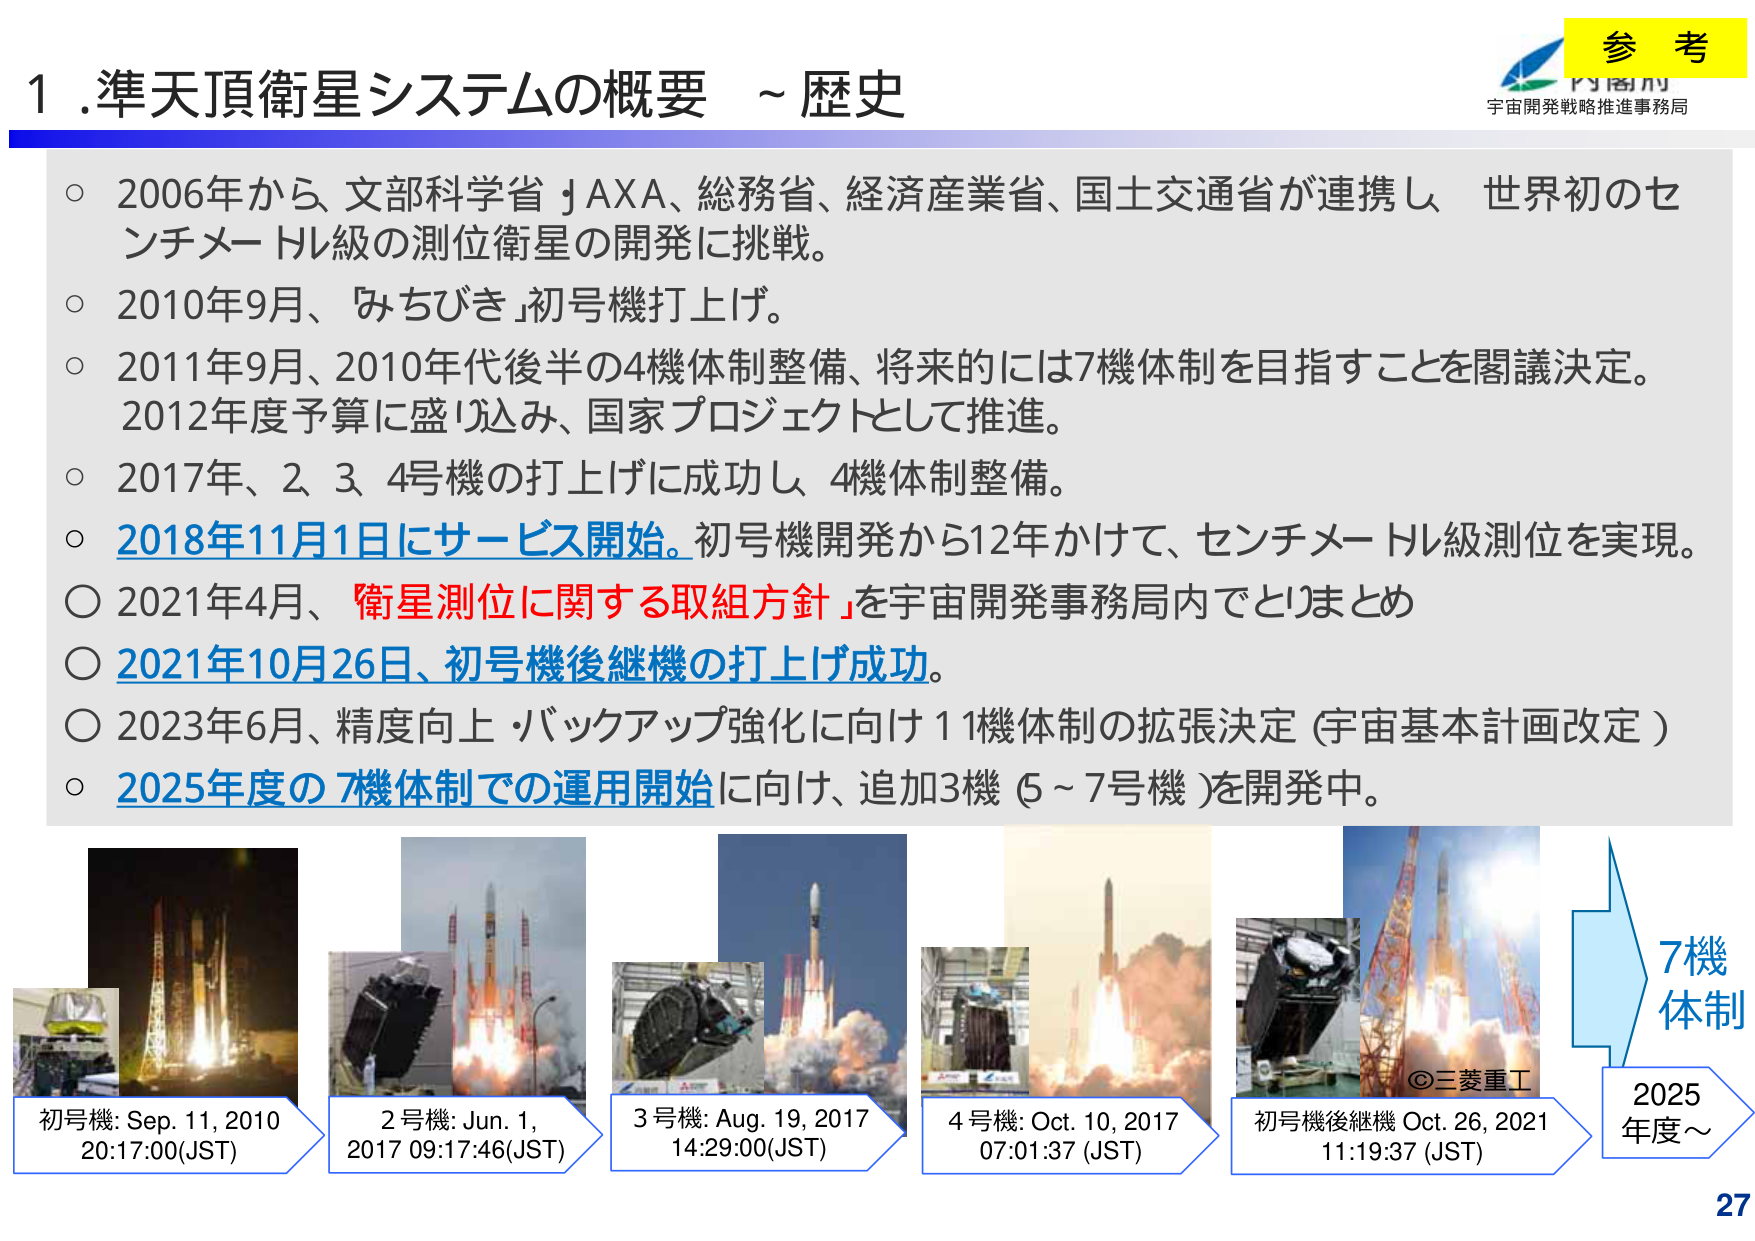
1. 準天頂衛星システムの概要 ~ 歴史

○ 2006年から、文部科学省、JAXA、総務省、経済産業省、国土交通省が連携し、世界初のセンチメートル級の測位衛星の開発に挑戦。

○ 2010年9月、「みちびき」初号機打上げ。

○ 2011年9月、2010年代後半の4機体制整備、将来的には7機体制を目指すことを閣議決定。2012年度予算に盛り込み、国家プロジェクトとして推進。

○ 2017年、2、3、4号機の打上げに成功し、4機体制整備。

○ 2018年11月1日にサービス開始。初号機開発から12年かけて、センチメートル級測位を実現。

○ 2021年4月、「衛星測位に関する取組方針」を宇宙開発事務局内でとりまとめ

○ 2021年10月26日、初号機後継機の打上げ成功。

○ 2023年6月、精度向上・バックアップ強化に向け11機体制の拡張決定（宇宙基本計画改定）

○ 2025年度の7機体制での運用開始に向け、追加3機（5～7号機）を開発中。

初号機: Sep. 11, 2010 20:17:00(JST)

2号機: Jun. 1, 2017 09:17:46(JST)

3号機: Aug. 19, 2017 14:29:00(JST)

4号機: Oct. 10, 2017 07:01:37 (JST)

初号機後継機 Oct. 26, 2021 11:19:37 (JST)

©三菱重工

7機体制

2025年度～

参考

宇宙開発戦略推進事務局

27